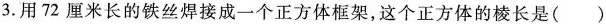
3.用72厘米长的铁丝焊接成一个正方体框架，这个正方体的棱长是()